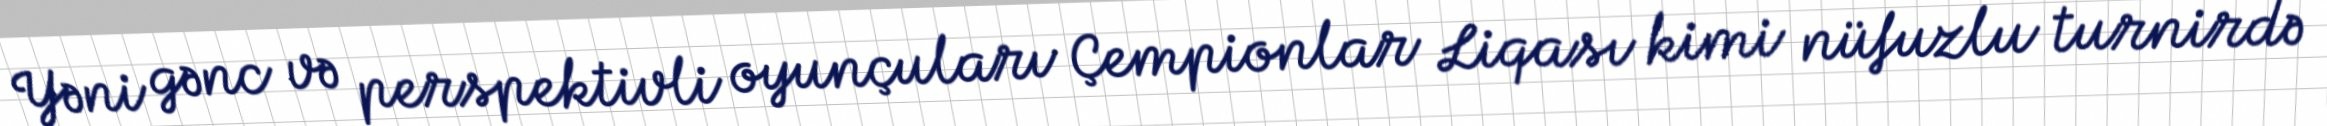
Yəni gənc və perspektivli oyunçuları Çempionlar Liqası kimi nüfuzlu turnirdə